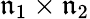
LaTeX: \mathfrak{n}_{1}\times\mathfrak{n}_{2}